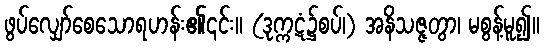
ဖွပ်လျှော်စေသောရဟန်း၏၎င်း။ (ဒုက္ကဋံ၌စပ်၊) အနိသဇ္ဇတွာ၊ မစွန့်မူ၍။